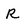
Character: R